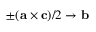
\pm ( { \bf a } \times { \bf c } ) / 2 \rightarrow { \bf b }